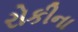
રોકીના